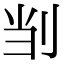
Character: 㓥